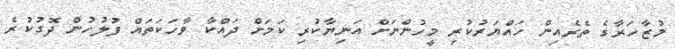
މުޒާހަރާގެ ތެރެއިން ހައްޔަރުކުރި މީހުންނަށް އަނިޔާކުރި ކަމަށް ދައްކާ ވާހަކަތައް ފުލުހުން ދޮގުކުރެ